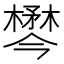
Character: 𣜓